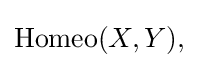
{\textstyle \operatorname {Homeo} (X,Y),}